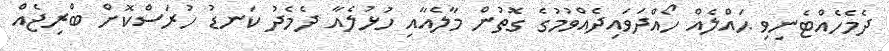
ދެމެހެއްޓެނިވި ޙައްލެއް ހޯއްދަވައިދެއްވުމުގެ ގޮތުން މާލެއާއި ހުޅުލެއާ ދެމެދު ކަނޑު ހުރަސްކޮށް ބްރިޖެއް